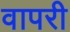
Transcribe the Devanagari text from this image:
वापरी